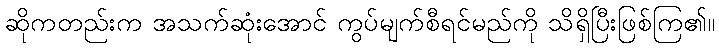
ဆိုကတည်းက အသက်ဆုံးအောင် ကွပ်မျက်စီရင်မည်ကို သိရှိပြီးဖြစ်ကြ၏။